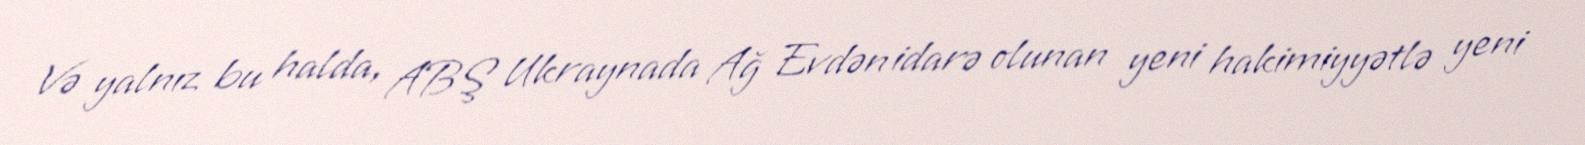
Və yalnız bu halda, ABŞ Ukraynada Ağ Evdən idarə olunan yeni hakimiyyətlə yeni